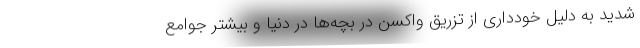
شدید به دلیل خودداری از تزریق واکسن در بچه‌ها در دنیا و بیشتر جوامع